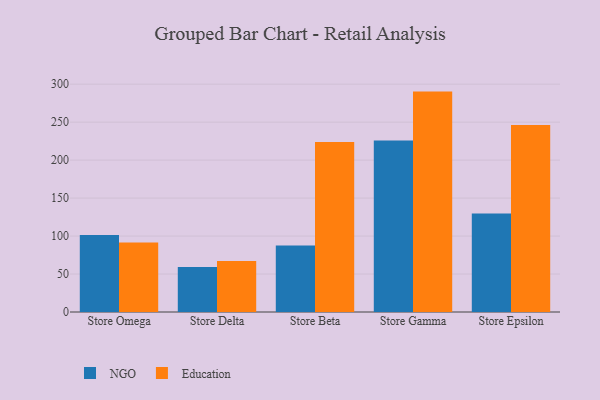
{"axis": {"x": "Store", "y": "Active Users"}, "legend": ["Education", "NGO"], "data": [{"x": "Store Omega", "y": 101.4, "type": "NGO"}, {"x": "Store Omega", "y": 91.6, "type": "Education"}, {"x": "Store Delta", "y": 59.3, "type": "NGO"}, {"x": "Store Delta", "y": 67.1, "type": "Education"}, {"x": "Store Beta", "y": 87.7, "type": "NGO"}, {"x": "Store Beta", "y": 223.9, "type": "Education"}, {"x": "Store Gamma", "y": 225.7, "type": "NGO"}, {"x": "Store Gamma", "y": 290.2, "type": "Education"}, {"x": "Store Epsilon", "y": 129.6, "type": "NGO"}, {"x": "Store Epsilon", "y": 246.1, "type": "Education"}]}